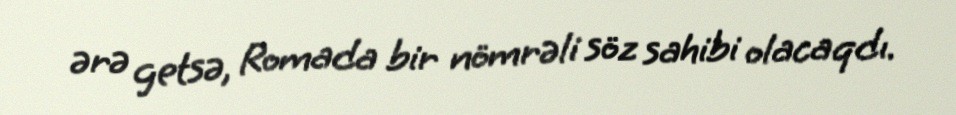
ərə getsə, Romada bir nömrəli söz sahibi olacaqdı.